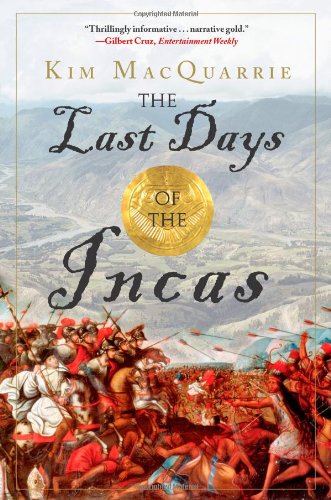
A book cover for The Last Days of the Incas; Kim MacQuarrie; Science & Math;